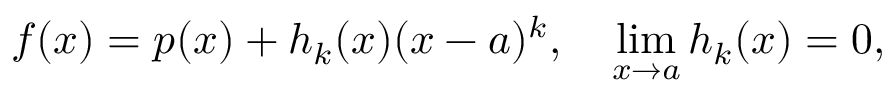
f ( x ) = p ( x ) + h _ { k } ( x ) ( x - a ) ^ { k } , \quad \operatorname* { l i m } _ { x \to a } h _ { k } ( x ) = 0 ,